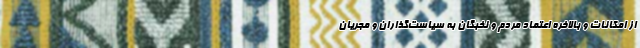
از امکانات و بالاخره اعتماد مردم و نخبگان به سیاست‌گذاران و مجریان